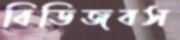
বিডিজবস